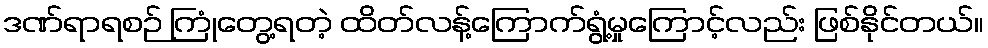
ဒဏ်ရာရစဉ် ကြုံတွေ့ရတဲ့ ထိတ်လန့်ကြောက်ရွံ့မှုကြောင့်လည်း ဖြစ်နိုင်တယ်။